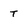
Character: T